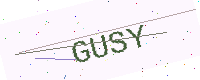
Text: GUSY